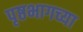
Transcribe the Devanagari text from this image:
पृष्ठभागच्या